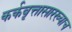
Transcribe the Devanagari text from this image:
कर्कवृत्तासारख्याच